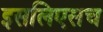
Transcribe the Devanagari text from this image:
इसलिएसच